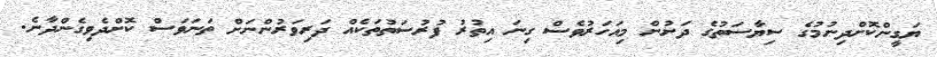
ޔަގީންކޮށްދިނުމުގެ ސިޔާސަތުގެ ދަށުން މިއަހަރުވެސް ގިނަ އިތުރު ފުރުސަތުތަކެއް ދަރިވަރުންނަށް ތަނަވަސް ކޮށްދެވިގެންދާނެ.